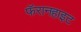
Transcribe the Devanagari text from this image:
फॅरानहाइट